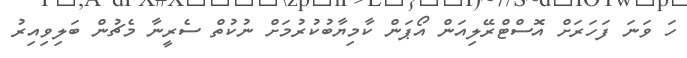
ހަ ވަނަ ފަހަރަށް އޮސްޓްރޭލިއަން އޯޕަން ކާމިޔާބުކުރުމަށް ނުކުތް ސެރީނާ މެޗުން ބަލިވިއިރު